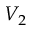
V _ { 2 }